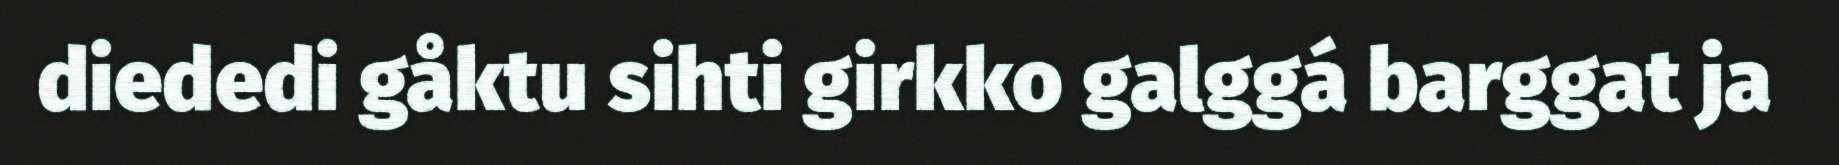
diededi gåktu sihti girkko galggá barggat ja